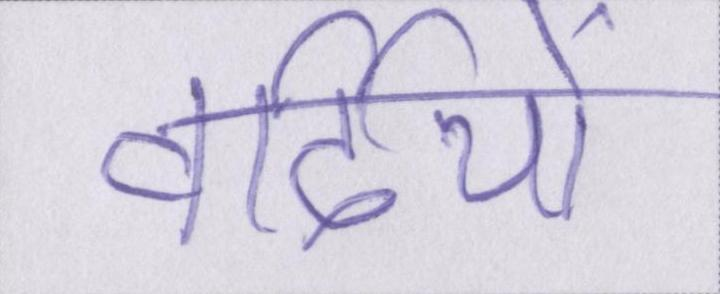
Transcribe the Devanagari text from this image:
वर्दियों